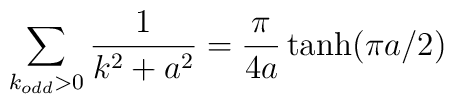
\sum_{k_{odd}> 0}\frac{1}{k^2+a^2} =\frac{\pi}{4a} \tanh (\pi a/2)